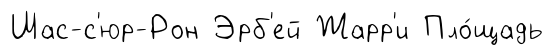
Шас-с'юр-Рон Эрб'ей Жарр'и Пло́щадь